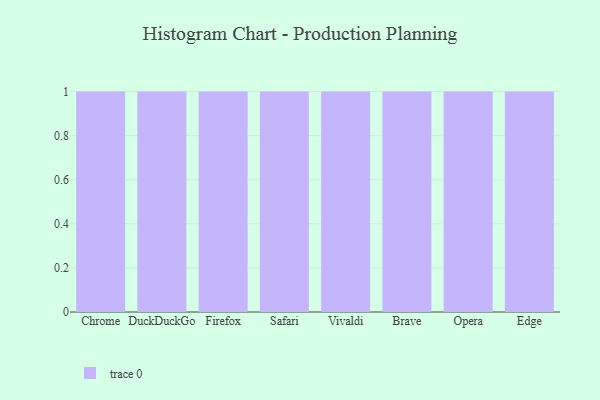
{"axis": {"x": "Browser", "y": "Waste Production (Tons)"}, "legend": [""], "data": [{"x": "Chrome", "y": 70, "type": ""}, {"x": "DuckDuckGo", "y": 26, "type": ""}, {"x": "Firefox", "y": 79, "type": ""}, {"x": "Safari", "y": 49, "type": ""}, {"x": "Vivaldi", "y": 59, "type": ""}, {"x": "Brave", "y": 25, "type": ""}, {"x": "Opera", "y": 48, "type": ""}, {"x": "Edge", "y": 47, "type": ""}]}